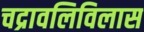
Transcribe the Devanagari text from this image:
चद्रावलिविलास